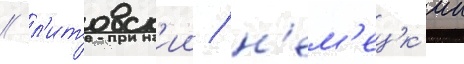
/ л'итовск'ии / н'ем'ецк'ии